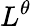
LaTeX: L^{\theta}